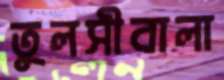
তুলসীবালা